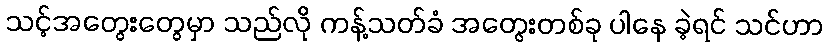
သင့်အတွေးတွေမှာ သည်လို ကန့်သတ်ခံ အတွေးတစ်ခု ပါနေ ခဲ့ရင် သင်ဟာ